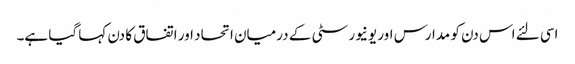
اسی لئے اس دن کو مدارس اور یونیورسٹی کے درمیان اتحاد اور اتفاق کا دن کہا گیا ہے۔